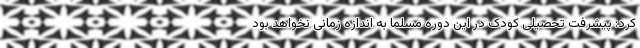
کرد: پیشرفت تحصیلی کودک در این دوره مسلما به اندازه زمانی نخواهد بود